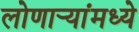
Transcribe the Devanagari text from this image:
लोणार्‍यांमध्ये